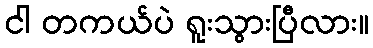
ငါ တကယ်ပဲ ရူးသွားပြီလား။